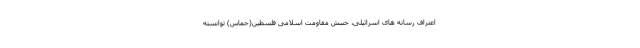
اعتراف رسانه های اسرائیلی، جنبش مقاومت اسلامی فلسطین(حماس) توانسته